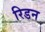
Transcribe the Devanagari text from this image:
रिडन